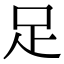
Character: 足